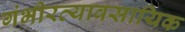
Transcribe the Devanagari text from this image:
गंभीरव्यावसायिक